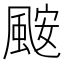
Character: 𮨪